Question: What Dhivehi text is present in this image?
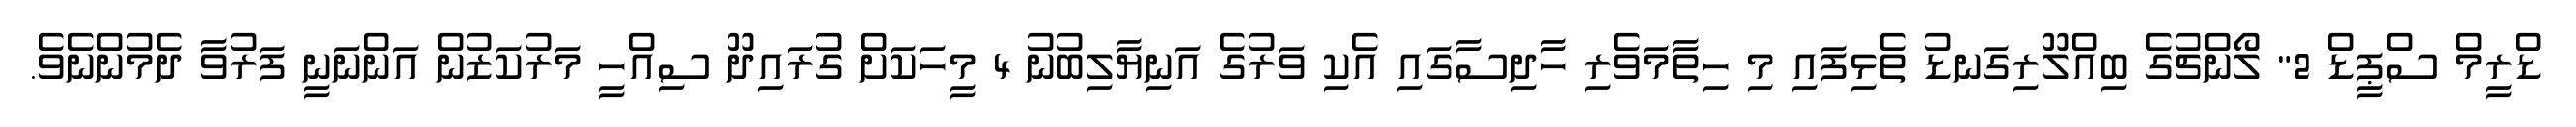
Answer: ޑްރީމް ސްޕީޑް 2" ލޯންޗުގެ ބިއްލޫރިގަނޑު ތެޅިފައި މި ހިތާމަވެރި ހާދިސާގައި އެކި ވަރުގެ އަނިޔާލިބުނު 4 މީހަކަށް ގުރައިދޫ ސިއްހީ މަރުކަޒުން އަންނަނީ ފަރުވާ ދެމުންނެވެ.